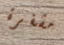
مشفرة